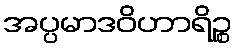
အပ္ပမာဒဝိဟာရိဉ္စ